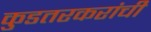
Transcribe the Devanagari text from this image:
कुडतरकरांची